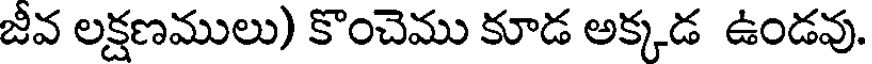
జీవ లక్షణములు) కొంచెము కూడ అక్కడ ఉండవు.